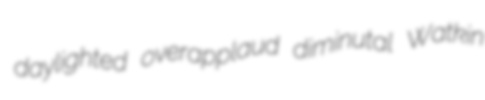
daylighted overapplaud diminutal Watkin